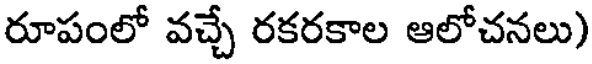
రూపంలో వచ్చే రకరకాల ఆలోచనలు)